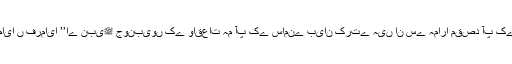
اللہ تعالی نے قرآن مجید میں انبیائے کرام﷩کے واقعات بیان کرنے کامقصد خودان الفاظ میں واضح اور نمایا ں فرمایا ’’اے نبیﷺ جونبیوں کے واقعات ہم آپ کے سامنے بیان کرتے ہیں ان سے ہمارا مقصد آپ کے دل کو ڈھارس دینا ہے اور آپ کے پاس حق پہنچ چکا ہے اس میں مومنوں کے لیے بھی نصیحت وعبرت ہے۔